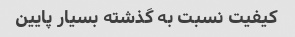
کیفیت نسبت به گذشته بسیار پایین